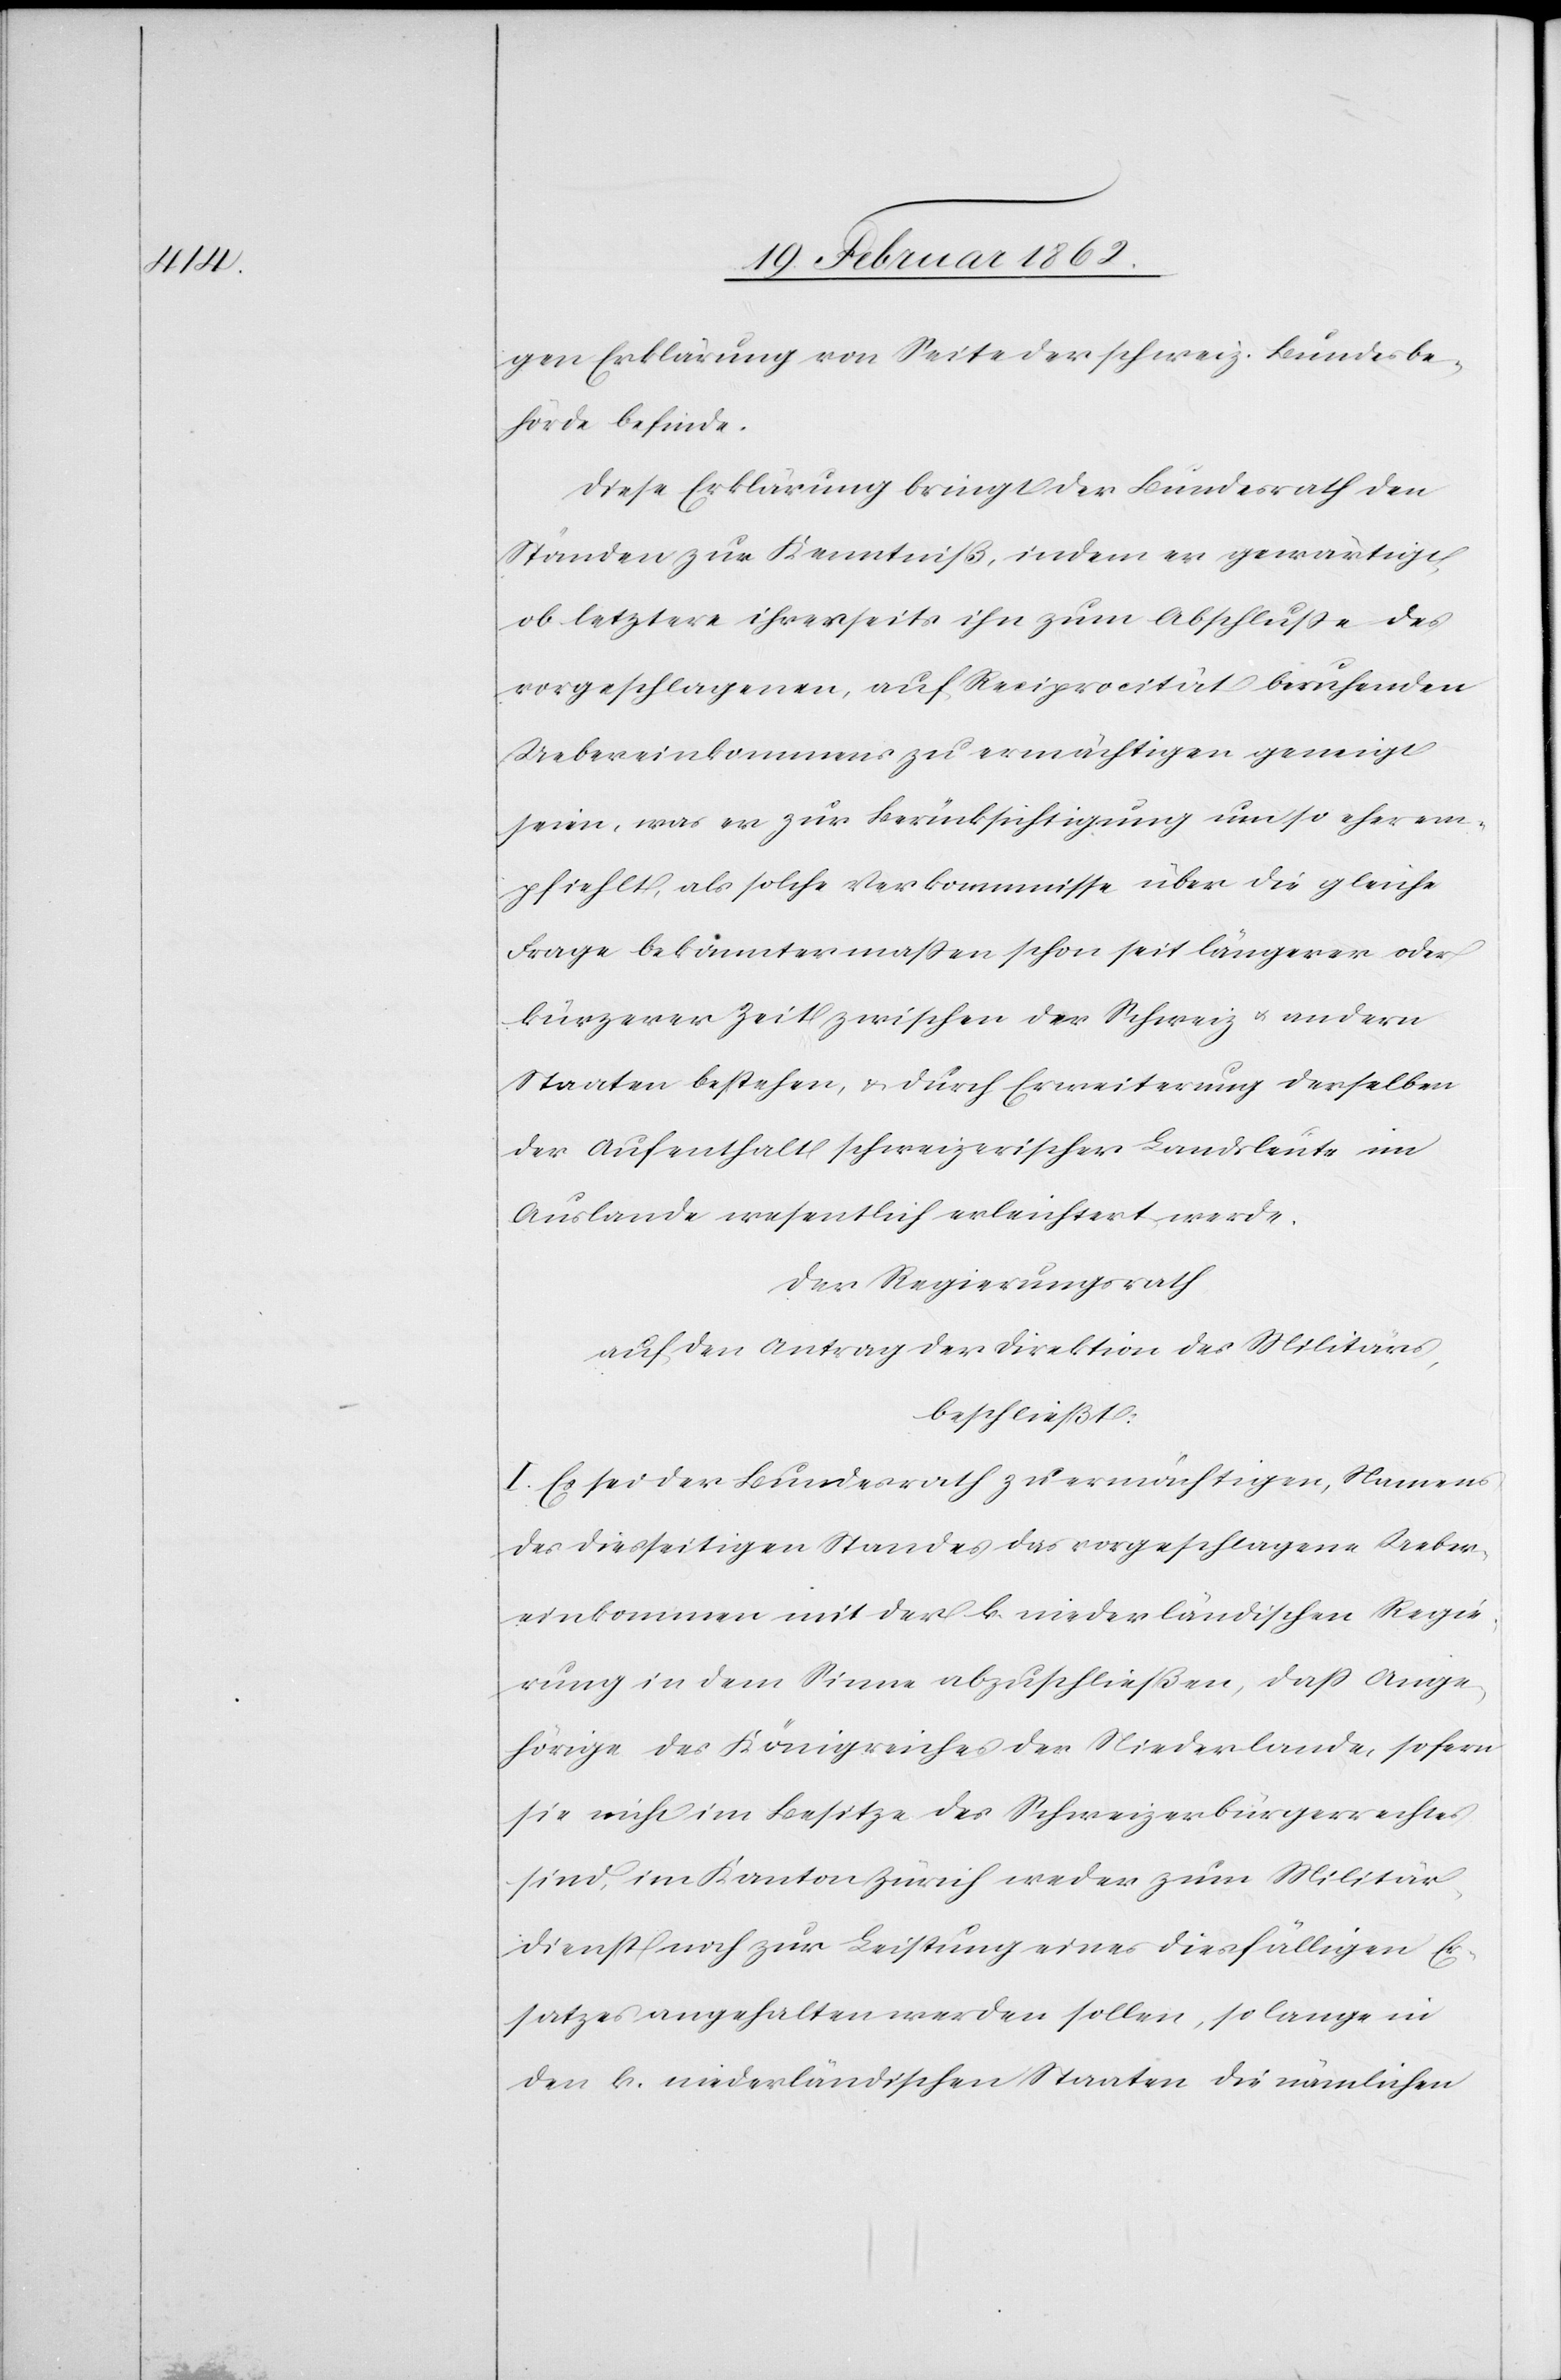
gen Erklärung von Seite der schweiz. Bundesbe¬
hörde befinde.
Diese Erklärung bringt der Bundesrath den
Ständen zur Kenntniß, indem er gewärtigt,
ob letztere ihrerseits ihn zum Abschluße des
vorgeschlagenen, auf Reciprocität beruhenden
Uebereinkommens zu ermächtigen geneigt
seien, was er zur Berücksichtigung um so eher em¬
pfiehlt, als solche Verkommnisse über die gleiche
Frage bekanntermaßen schon seit längerer oder
kürzerer Zeit zwischen der Schweiz u. andern
Staaten bestehen, & durch Erweiterung derselben
der Aufenthalt schweizerischer Landsleute im
Auslande wesentlich erleichtert werde.
Der Regierungsrath
auf den Antrag der Direktion des Militärs,
beschließt:
I. Es sei der Bundesrath zu ermächtigen, Namens
des diesseitigen Standes das vorgeschlagene Ueber¬
einkommen mit der k. niederländischen Regie¬
rung in dem Sinne abzuschließen, daß Ange¬
hörige des Königreiches der Niederlande, sofern
sie nicht im Besitze des Schweizerbürgerrechtes
sind, im Kanton Zürich weder zum Militär¬
dienst noch zur Leistung eines diesfälligen Er¬
satzes angehalten werden sollen, so lange in
den k. niederländischen Staaten die nämlichen